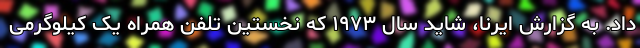
داد. به گزارش ایرنا، شاید سال ۱۹۷۳ که نخستین تلفن همراه یک کیلوگرمی